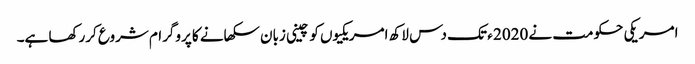
امریکی حکومت نے 2020 ء تک دس لاکھ امریکیوں کو چینی زبان سکھانے کا پروگرام شروع کررکھا ہے۔